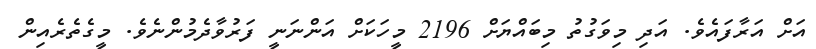
އަށް އަރާފައެވެ. އަދި މިވަގުތު މިބައްޔަށް 2196 މީހަކަށް އަންނަނީ ފަރުވާދެމުންނެވެ. މީގެތެރެއިން